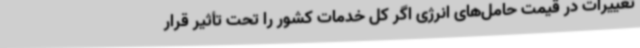
تغییرات در قیمت حامل‌های انرژی اگر کل خدمات کشور را تحت تأثیر قرار